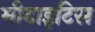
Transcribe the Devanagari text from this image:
मीटाइटिस